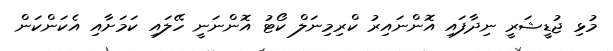
މުޅި ޖުޑީޝަރީ ނިދާފައި އޮންނައިރު ކްރިމިނަލް ކޯޓު އޮންނަނީ ހޭލައި ކަމަށާއި އެކަންކަން